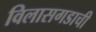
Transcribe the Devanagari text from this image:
विलासगडाची